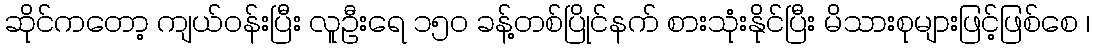
ဆိုင်ကတော့ ကျယ်ဝန်းပြီး လူဦးရေ ၁၅၀ ခန့်တစ်ပြိုင်နက် စားသုံးနိုင်ပြီး မိသားစုများဖြင့်ဖြစ်စေ ၊